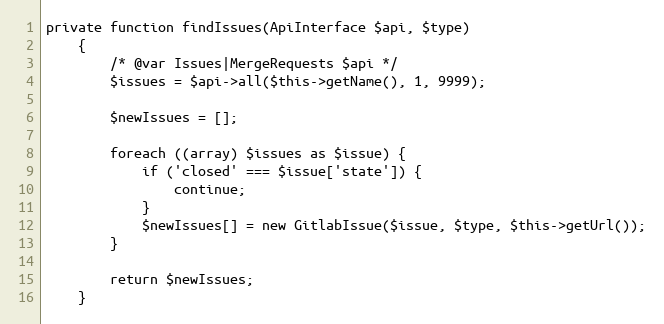
Language: PHP
private function findIssues(ApiInterface $api, $type)
    {
        /* @var Issues|MergeRequests $api */
        $issues = $api->all($this->getName(), 1, 9999);

        $newIssues = [];

        foreach ((array) $issues as $issue) {
            if ('closed' === $issue['state']) {
                continue;
            }
            $newIssues[] = new GitlabIssue($issue, $type, $this->getUrl());
        }

        return $newIssues;
    }